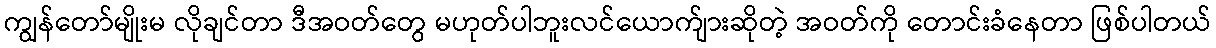
ကျွန်တော်မျိုးမ လိုချင်တာ ဒီအဝတ်တွေ မဟုတ်ပါဘူးလင်ယောက်ျားဆိုတဲ့ အဝတ်ကို တောင်းခံနေတာ ဖြစ်ပါတယ်